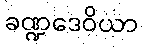
ခဏ္ဍဒေဝိယာ